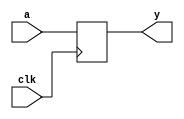

module test1(input clk, input [3:0] a, output reg [3:0] y);
always @(posedge clk)
	y <= a;
endmodule

module test2(input clk, input [3:0] a, output reg [3:0] y);
wire clk_n = !clk;
always @(negedge clk_n)
	y[1:0] <= a[1:0];
always @(negedge clk_n)
	y[3:2] <= a[3:2];
endmodule

// -----------------------------------------------------------

module test3(input clk, rst, input [3:0] a, output reg [3:0] y);
always @(posedge clk, posedge rst)
	if (rst)
		y <= 12;
	else
		y <= |a;
endmodule

module test4(input clk, rst, input [3:0] a, output reg [3:0] y);
wire rst_n = !rst;
always @(posedge clk, negedge rst_n)
	if (!rst_n)
		y <= 12;
	else
		y <= a != 0;
endmodule